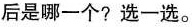
后是哪一个?选一选。